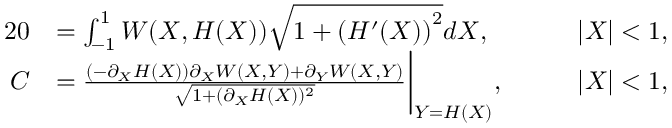
\begin{array} { r l r l } { { 2 } 0 } & { = \int _ { - 1 } ^ { 1 } W ( X , H ( X ) ) \sqrt { 1 + \left( H ^ { \prime } ( X ) \right) ^ { 2 } } d X , } & & { \quad | X | < 1 , } \\ { C } & { = \frac { ( - \partial _ { X } H ( X ) ) \partial _ { X } W ( X , Y ) + \partial _ { Y } W ( X , Y ) } { \sqrt { 1 + ( \partial _ { X } H ( X ) ) ^ { 2 } } } \bigg | _ { Y = H ( X ) } , } & & { \quad | X | < 1 , } \end{array}